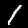
Label: 1